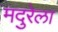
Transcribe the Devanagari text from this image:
मदुरेला